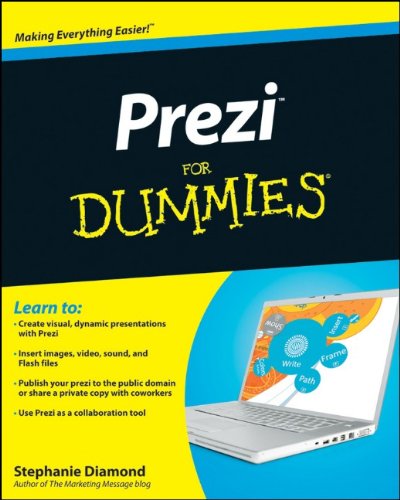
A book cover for Prezi For Dummies; Stephanie Diamond; Computers & Technology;